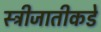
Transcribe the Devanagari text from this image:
स्त्रीजातीकडे